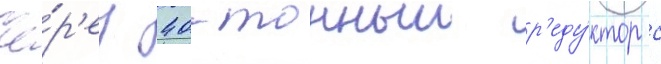
Че́р'ез 40-тонныи р'еду́ктор с